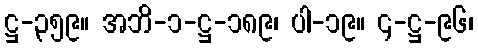
ဋ္ဌ-၃၅၉။ အဘိ-၁-ဋ္ဌ-၁၈၉၊ ပါ-၁၉။ ၄-ဋ္ဌ-၉၆၊